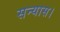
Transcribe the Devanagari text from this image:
सन्यास।